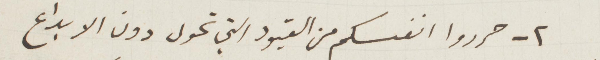
٢ - حرروا أنفسكم من القيود التي تحول دون الابداع